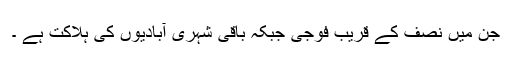
جن میں نصف کے قریب فوجی جبکہ باقی شہری آبادیوں کی ہلاکت ہے ۔